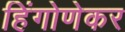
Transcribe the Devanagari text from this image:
हिंगोणेकर